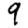
Digit: 9